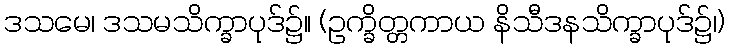
ဒသမေ၊ ဒသမသိက္ခာပုဒ်၌။ (ဥက္ခိတ္တကာယ နိသီဒနသိက္ခာပုဒ်၌၊)